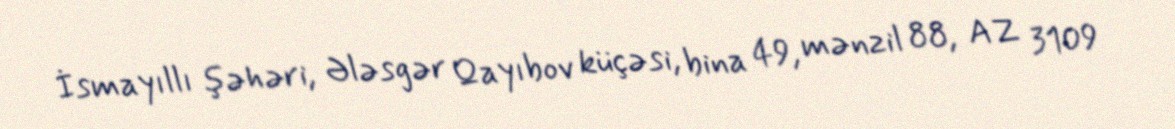
İsmayıllı şəhəri, Ələsgər Qayıbov küçəsi, bina 49, mənzil 88, AZ 3109